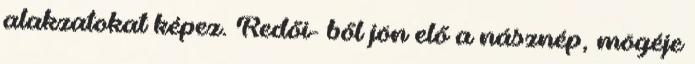
alakzatokat képez. Redői- ből jön elő a násznép, mögéje